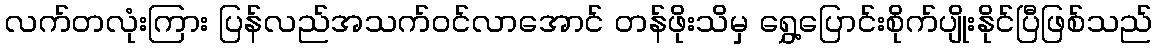
လက်တလုံးကြား ပြန်လည်အသက်ဝင်လာအောင် တန်ဖိုးသိမှ ရွှေ့ပြောင်းစိုက်ပျိုးနိုင်ပြီဖြစ်သည်